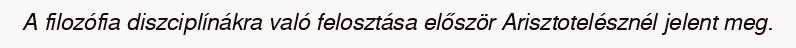
A filozófia diszciplínákra való felosztása először Arisztotelésznél jelent meg.